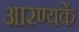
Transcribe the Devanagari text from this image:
आरण्यकें